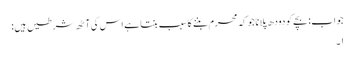
جواب: بچے کو دودھ پلانا جو کہ محرم بننے کا سبب بنتا ہے اس کی آٹھ شرطیں ہیں :
۱۔